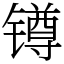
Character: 𨱔